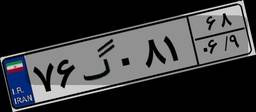
۱۷گ۶۴۶۷۶